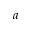
a